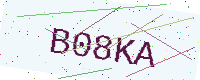
Text: B08KA